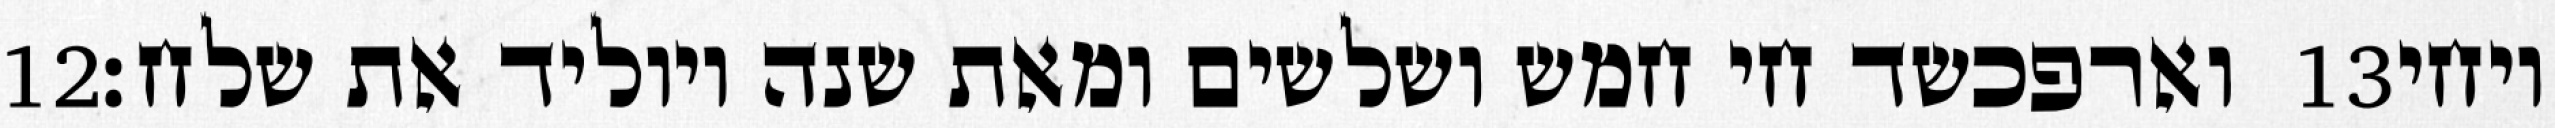
‎12‏ וארפכשד חי חמש ושלשים ומאת שנה ויוליד את שלח׃ ‎13‏ ויחי